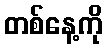
တစ်နေ့ကို